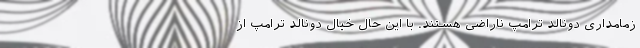
زمامداری دونالد ترامپ ناراضی هستند. با این حال خیال دونالد ترامپ از